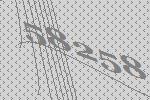
58258